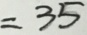
= 3 5